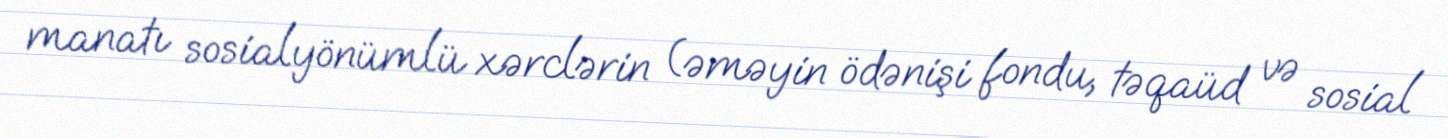
manatı sosialyönümlü xərclərin (əməyin ödənişi fondu, təqaüd və sosial